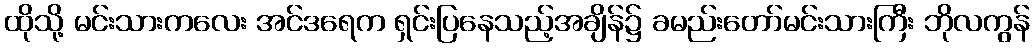
ထိုသို့ မင်းသားကလေး အင်ဒရေက ရှင်းပြနေသည့်အချိန်၌ ခမည်းတော်မင်းသားကြီး ဘိုလကွန်